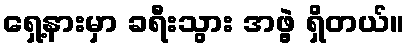
ရှေ့နားမှာ ခရီးသွား အဖွဲ့ ရှိတယ်။